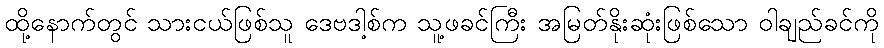
ထို့နောက်တွင် သားငယ်ဖြစ်သူ ဒေဗဒါ့စ်က သူ့ဖခင်ကြီး အမြတ်နိုးဆုံးဖြစ်သော ဝါချည်ခင်ကို